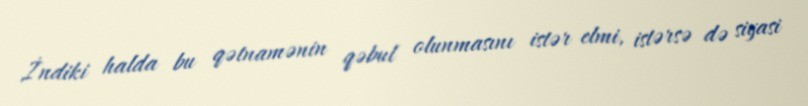
İndiki halda bu qətnamənin qəbul olunmasını istər elmi, istərsə də siyasi